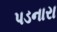
પડનારા